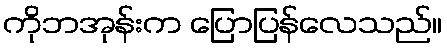
ကိုဘအုန်းက ပြောပြန်လေသည်။